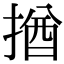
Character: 揂